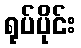
ရုပ်ပိုင်း